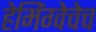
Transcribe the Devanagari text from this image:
हेमिंग्वेचेच